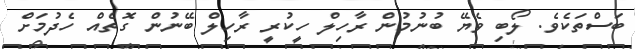
ބަސްތަކެވެ. ލޯބި ވެޔޭ ބުނުމުން ރާހިލް ހީކުރީ ރާހިލް ބޭނުން ގޮތެއް ހެދުމަށް